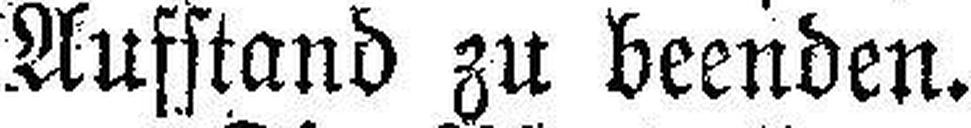
Aufstand zu beenden.